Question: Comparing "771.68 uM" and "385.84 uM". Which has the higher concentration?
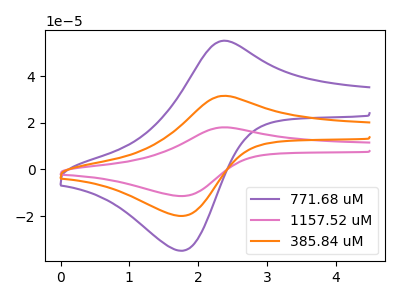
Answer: <think>The purple curve "771.68 uM" has an anodic peak at (2.40V, 55.10uA) and a cathodic peak at (1.80V, -34.80uA). The pink curve "1157.52 uM" has an anodic peak at (2.40V, 63.00uA) and a cathodic peak at (1.80V, -39.80uA). The orange curve "385.84 uM" has an anodic peak at (2.40V, 31.50uA) and a cathodic peak at (1.80V, -19.90uA).
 All the peaks in "771.68 uM" have a peak in "385.84 uM" at the same potential. Every peak in "771.68 uM" is higher than every peak in "385.84 uM".</think>
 <answer>"771.68 uM" has more signal than "385.84 uM" and so likely has a higher concentration.</answer>
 <eval>more_concentration</eval>